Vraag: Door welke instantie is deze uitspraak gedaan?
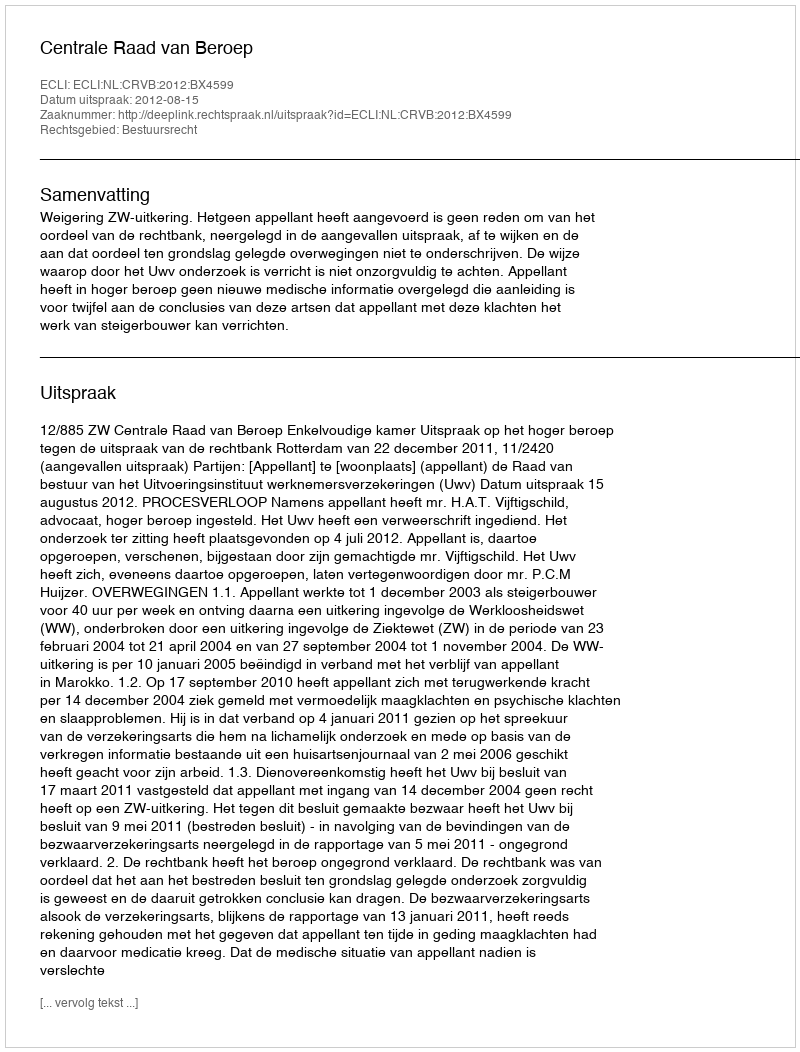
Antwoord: Centrale Raad van Beroep